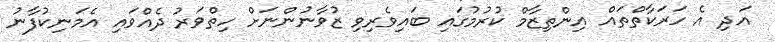
އަދި އެ ހަރަކާތްތައް އިންތިޒާމް ކުރުމުގައި ބައިވެރިވި ޒުވާނުންނަށް ހިތްވަރު ދެއްވައި އެމަނިކުފާނު